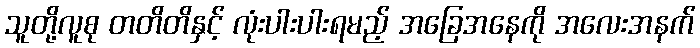
သူတို့လူစု တတိတိနှင့် လုံးပါးပါးရမည့် အခြေအနေကို အလေးအနက်